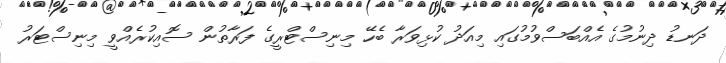
ދަނޑު ދިނުމުގެ އެއްބަސްވުމުގައި މިއަދު ކުޅިވަރާ ބެހޭ މިނިސްޓްރީގެ ފަރާތުން ސޮއިކުރެއްވީ މިނިސްޓަރު